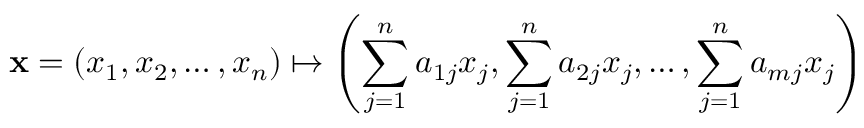
\mathbf { x } = ( x _ { 1 } , x _ { 2 } , \ldots , x _ { n } ) \mapsto \left( \sum _ { j = 1 } ^ { n } a _ { 1 j } x _ { j } , \sum _ { j = 1 } ^ { n } a _ { 2 j } x _ { j } , \ldots , \sum _ { j = 1 } ^ { n } a _ { m j } x _ { j } \right)